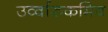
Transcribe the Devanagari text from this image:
उर्व्वारुकमिव